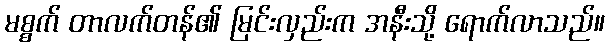
မစ္စက် တာလက်တန်၏ မြင်းလှည်းက အနီးသို့ ရောက်လာသည်။